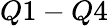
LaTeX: Q1-Q4